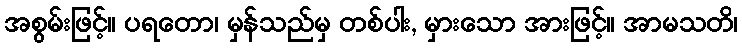
အစွမ်းဖြင့်။ ပရတော၊ မှန်သည်မှ တစ်ပါး, မှားသော အားဖြင့်။ အာမသတိ၊